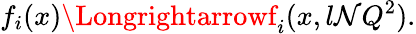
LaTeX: f_{i}(x)\Longrightarrowf_{i}(x,l\mathcal{N}Q^{2}).